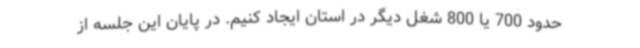
حدود 700 یا 800 شغل دیگر در استان ایجاد کنیم. در پایان این جلسه از